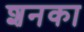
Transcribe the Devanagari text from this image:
शनका